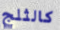
كالثلج